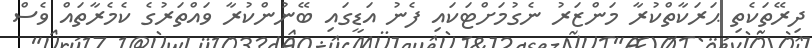
ދިރޭތަކެތި ޙަރަކާތްކުރާ މަންޒަރު ނެގުމަށްޓަކައި ފެނު އަޑީގައި ބޭނުންކުރާ ވައްތަރުގެ ކެމެރާތައް ވެސް